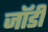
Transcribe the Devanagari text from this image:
जॉर्डी